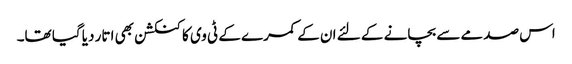
اس صدمے سے بچانے کے لئے ان کے کمرے کے ٹی وی کا کنکشن بھی اتار دیا گیا تھا۔